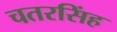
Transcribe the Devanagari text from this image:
चतरसिंह